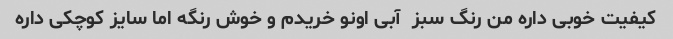
کیفیت خوبی داره من رنگ سبز  آبی اونو خریدم و خوش رنگه اما سایز کوچکی داره